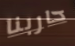
حاربنا